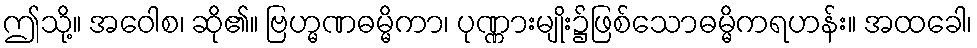
ဤသို့။ အဝေါစ၊ ဆို၏။ ဗြဟ္မဏဓမ္မိကာ၊ ပုဏ္ဏားမျိုး၌ဖြစ်သောဓမ္မိကရဟန်း။ အထခေါ၊